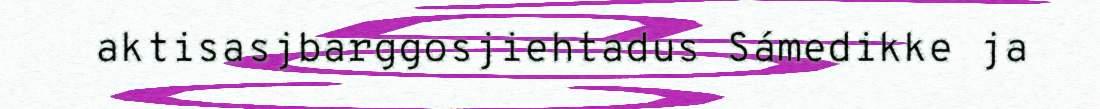
aktisasjbarggosjiehtadus Sámedikke ja